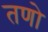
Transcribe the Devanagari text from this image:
तणो